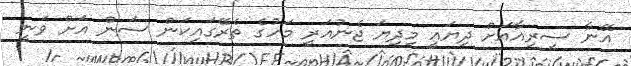
އޭނާ ސީރިއާއަށް ދިޔައީ މިދިޔަ ޖެނުއަރީ މަހުގެ ތެރޭގައިކަން ސަން އަށް ވަނީ